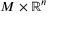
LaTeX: M \times \mathbb { R } ^ { n }